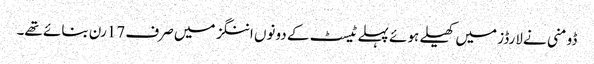
ڈومنی نے لارڈز میں کھیلے ہوئے پہلے ٹیسٹ کے دونوں اننگز میں صرف 17رن بنائے تھے۔